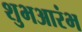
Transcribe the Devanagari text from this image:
शुभआरंभ